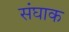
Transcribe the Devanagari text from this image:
संघाक